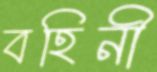
বহিনী